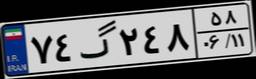
۷۴گ۲۴۸۵۸